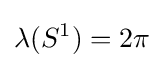
\lambda (S^{1})=2\pi